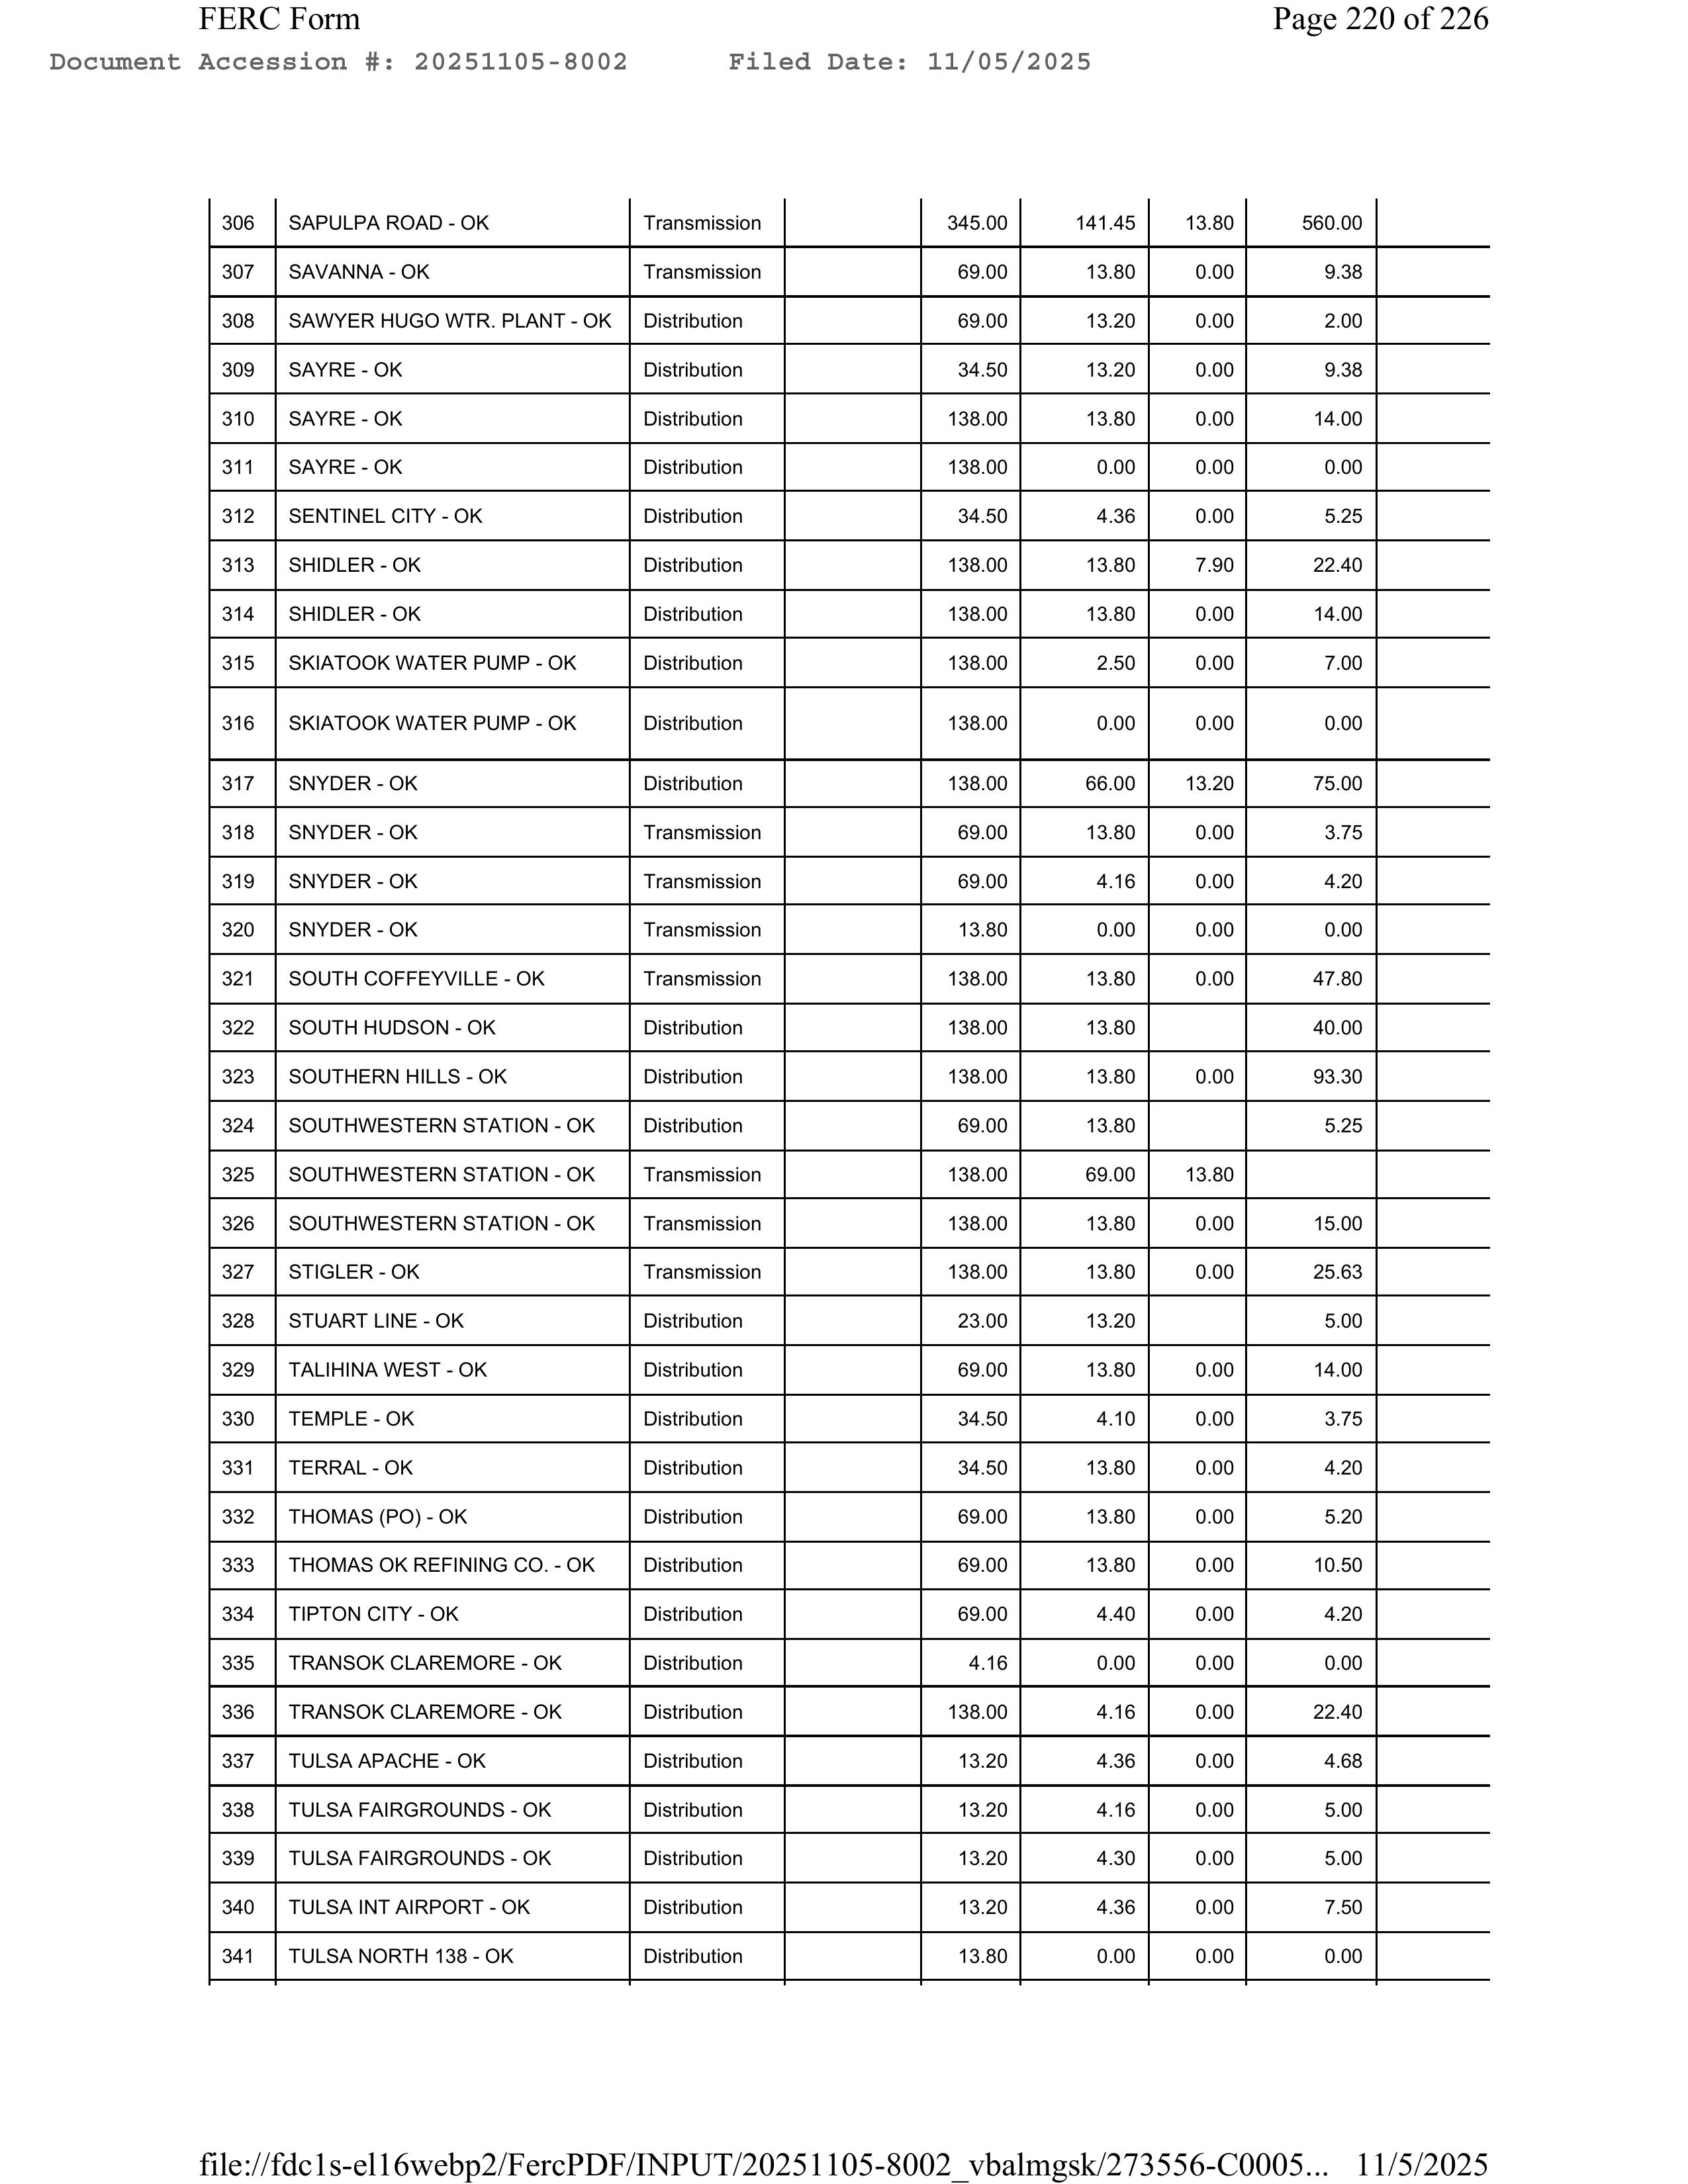
FERC Form                                                                                      Page 220 of 226
Document Accession #: 20251105-8002       Filed Date: 11/05/2025

306    SAPULPA ROAD - OK                 Transmission                          345.00      141.45      13.80      560.00
307    SAVANNA - OK                      Transmission                           69.00       13.80       0.00        9.38
308    SAWYER HUGO WTR. PLANT - OK       Distribution                           69.00       13.20       0.00        2.00
309    SAYRE - OK                        Distribution                           34.50       13.20       0.00        9.38
310    SAYRE - OK                        Distribution                          138.00       13.80       0.00       14.00
311    SAYRE - OK                        Distribution                          138.00        0.00       0.00        0.00
312    SENTINEL CITY - OK                Distribution                           34.50        4.36       0.00        5.25
313    SHIDLER - OK                      Distribution                          138.00       13.80       7.90       22.40
314    SHIDLER - OK                      Distribution                          138.00       13.80       0.00       14.00
315    SKIATOOK WATER PUMP - OK          Distribution                          138.00        2.50       0.00        7.00
316    SKIATOOK WATER PUMP - OK          Distribution                          138.00        0.00       0.00        0.00
317    SNYDER - OK                       Distribution                          138.00       66.00      13.20       75.00
318    SNYDER - OK                       Transmission                           69.00       13.80       0.00        3.75
319    SNYDER - OK                       Transmission                           69.00        4.16       0.00        4.20
320    SNYDER - OK                       Transmission                           13.80        0.00       0.00        0.00
321    SOUTH COFFEYVILLE - OK            Transmission                          138.00       13.80       0.00       47.80
322    SOUTH HUDSON - OK                 Distribution                          138.00       13.80                  40.00
323    SOUTHERN HILLS - OK               Distribution                          138.00       13.80       0.00       93.30
324    SOUTHWESTERN STATION - OK         Distribution                           69.00       13.80                   5.25
325    SOUTHWESTERN STATION - OK         Transmission                          138.00       69.00      13.80
326    SOUTHWESTERN STATION - OK         Transmission                          138.00       13.80       0.00       15.00
327    STIGLER - OK                      Transmission                          138.00       13.80       0.00       25.63
328    STUART LINE - OK                  Distribution                           23.00       13.20                   5.00
329    TALIHINA WEST - OK                Distribution                           69.00       13.80       0.00       14.00
330    TEMPLE - OK                       Distribution                           34.50        4.10       0.00        3.75
331    TERRAL - OK                       Distribution                           34.50       13.80       0.00        4.20
332    THOMAS (PO) - OK                  Distribution                           69.00       13.80       0.00        5.20
333    THOMAS OK REFINING CO. - OK       Distribution                           69.00       13.80       0.00       10.50
334    TIPTON CITY - OK                  Distribution                           69.00        4.40       0.00        4.20
335    TRANSOK CLAREMORE - OK            Distribution                            4.16        0.00       0.00        0.00
336    TRANSOK CLAREMORE - OK            Distribution                          138.00        4.16       0.00       22.40
337    TULSA APACHE - OK                 Distribution                           13.20        4.36       0.00        4.68
338    TULSA FAIRGROUNDS - OK            Distribution                           13.20        4.16       0.00        5.00
339    TULSA FAIRGROUNDS - OK            Distribution                           13.20        4.30       0.00        5.00
340    TULSA INT AIRPORT - OK            Distribution                           13.20        4.36       0.00        7.50
341    TULSA NORTH 138 - OK              Distribution                           13.80        0.00       0.00        0.00

file://fdc1s-ell6webp2/FercPDF/INPUT/20251105-8002_vbalmgsk/273556-C0005...   11/5/2025